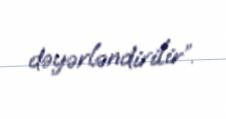
dəyərləndirilir”.